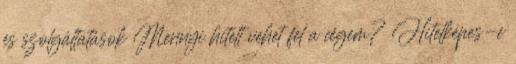
és szolgáltatások Mennyi hitelt vehet fel a cégem? Hitelképes-e